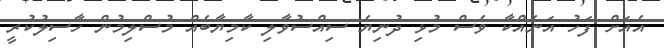
އެއަށް ފަހު އަނެއްކާ ވެސް މުޅި ދުނިޔެ ސިއްސުވާލި ކާމިޔާބެއް މުސްލިމުން ހާސިލުކުރީ